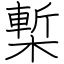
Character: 槧